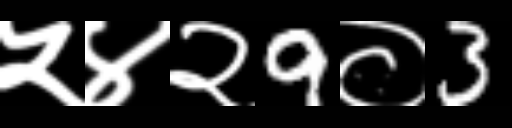
Text: ५४२9०3